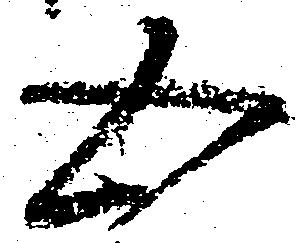
五